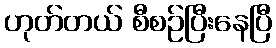
ဟုတ်တယ် စီစဉ်ပြီးနေပြီ